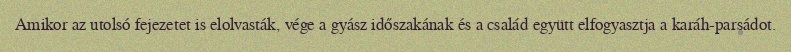
Amikor az utolsó fejezetet is elolvasták, vége a gyász időszakának és a család együtt elfogyasztja a karáh-parsádot.